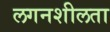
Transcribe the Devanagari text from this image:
लगनशीलता